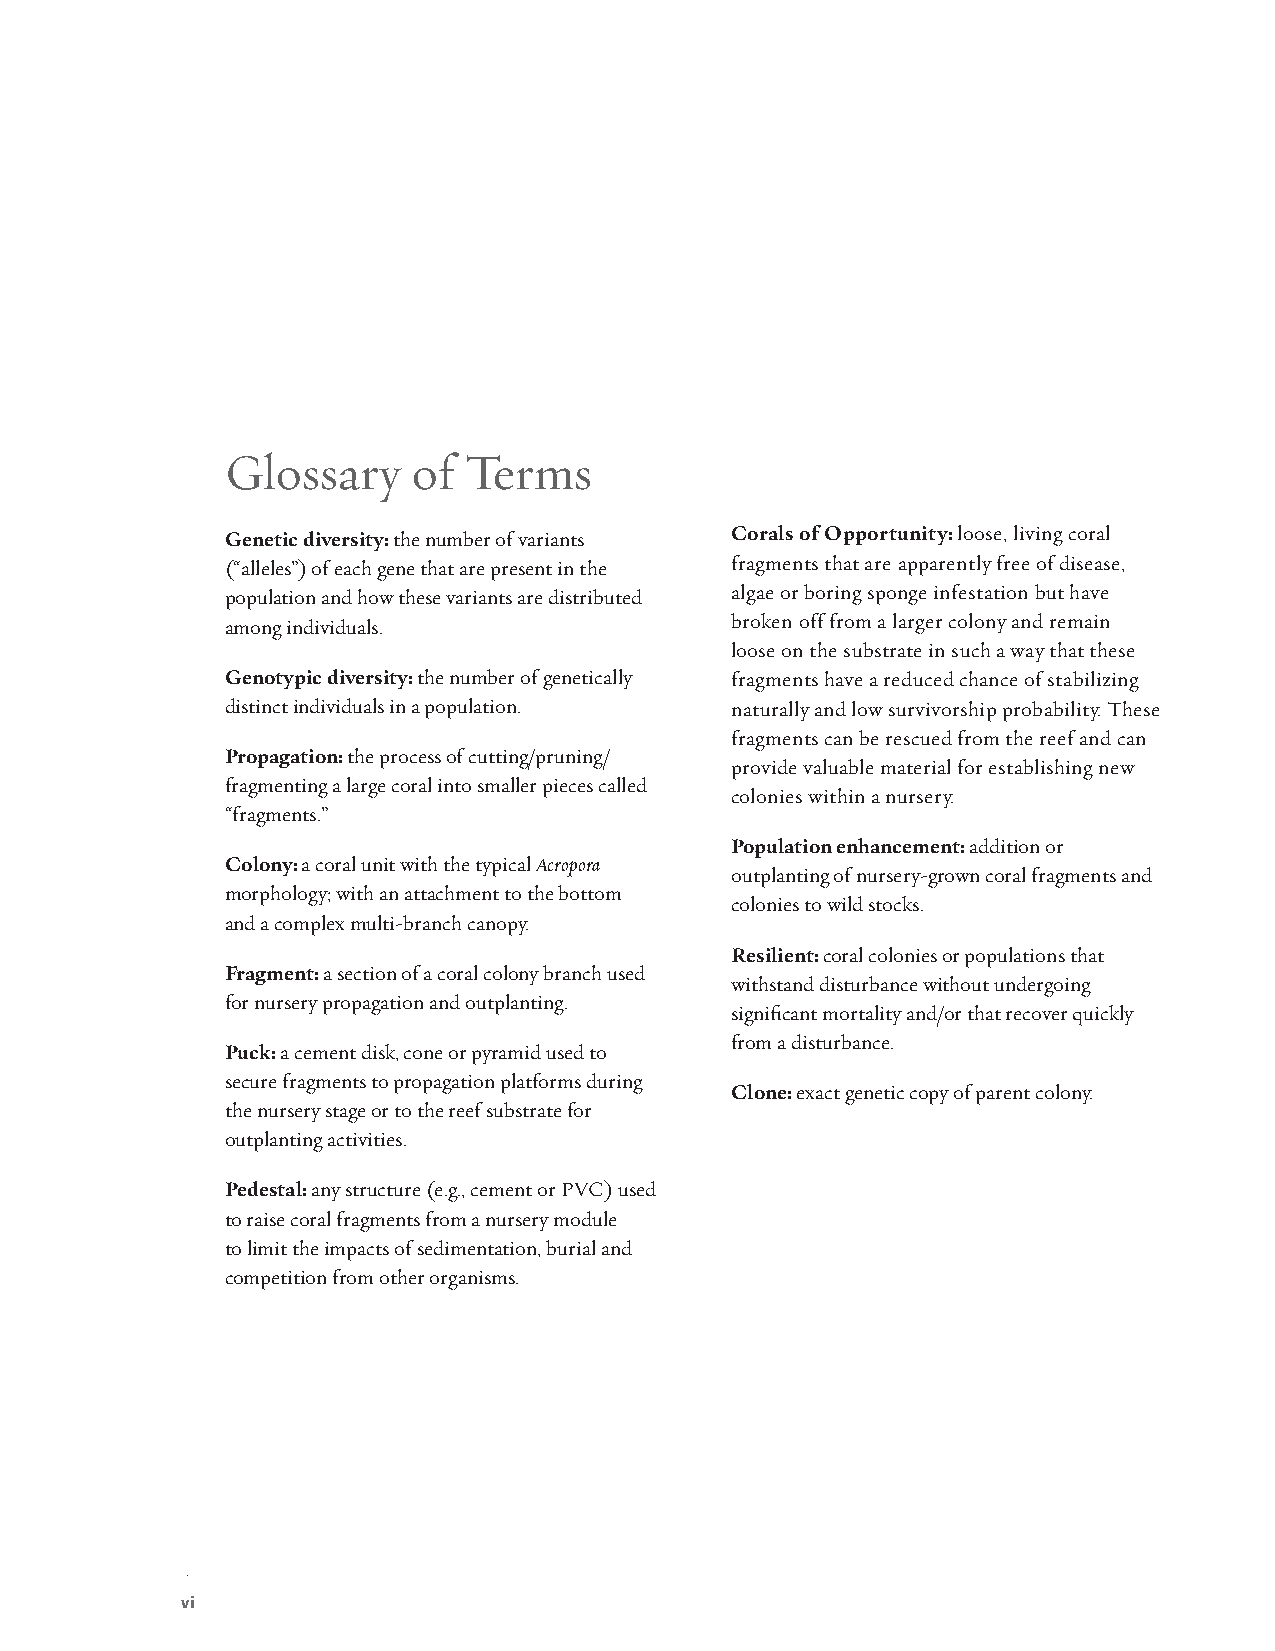
Glossary    of  Terms
 Genetic diversity: the number of variants Corals of Opportunity: loose, living coral
 (“alleles”) of each gene that are present in the fragments that are apparently free of disease,
 population and how these variants are distributed algae or boring sponge infestation but have
 among individuals.               broken off from a larger colony and remain
 loose on the substrate in such a way that these
 Genotypic diversity: the number of genetically fragments have a reduced chance of stabilizing
 distinct individuals in a population. naturally and low survivorship probability. These
 fragments can be rescued from the reef and can
 Propagation: the process of cutting/pruning/
 provide valuable material for establishing new
 fragmenting a large coral into smaller pieces called
 colonies within a nursery.
 “fragments.”
 Population enhancement: addition or
 Colony: a coral unit with the typical Acropora
 outplanting of nursery-grown coral fragments and
 morphology; with an attachment to the bottom
 colonies to wild stocks.
 and a complex multi-branch canopy.
 Resilient: coral colonies or populations that
 Fragment: a section of a coral colony branch used
 withstand disturbance without undergoing
 for nursery propagation and outplanting.
 significant mortality and/or that recover quickly
 from a disturbance.
 Puck: a cement disk, cone or pyramid used to
 secure fragments to propagation platforms during
 Clone: exact genetic copy of parent colony.
 the nursery stage or to the reef substrate for
 outplanting activities.
 Pedestal: any structure (e.g., cement or PVC) used
 to raise coral fragments from a nursery module
 to limit the impacts of sedimentation, burial and
 competition from other organisms.
 vi